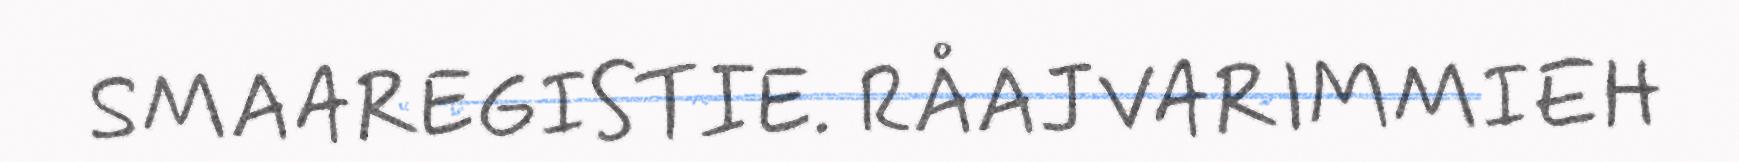
SMAAREGISTIE. RÅAJVARIMMIEH